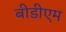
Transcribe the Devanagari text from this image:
बीडीएम